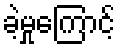
ခဲ့မှုကြောင့်